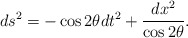
\begin{align*}ds^2 = - \cos 2 \theta dt^2 + \frac{dx^2}{\cos 2 \theta} . \end{align*}